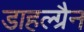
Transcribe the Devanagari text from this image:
डाहल्ग्रैन